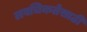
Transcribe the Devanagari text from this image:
लवचिकतेसाठी